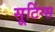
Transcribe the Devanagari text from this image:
सूटिंग्स